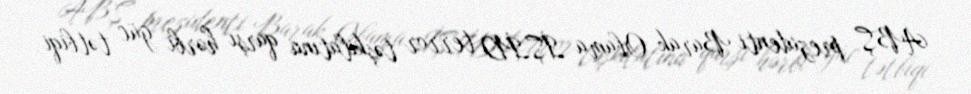
ABŞ prezidenti Barak Obama İŞİD terror təşkilatına qarşı hərbi güc tətbiqi